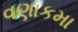
વણાકમા